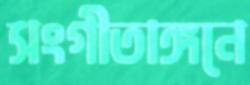
সংগীতাঙ্গনে